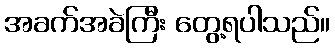
အခက်အခဲကြီး တွေ့ရပါသည်။